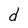
Character: d